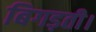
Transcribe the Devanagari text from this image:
बिगड़ती।